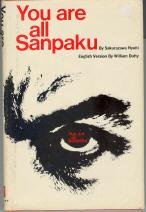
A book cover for You are all sanpaku; Georges Ohsawa; Health, Fitness & Dieting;